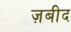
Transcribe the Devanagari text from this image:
ज़बीद